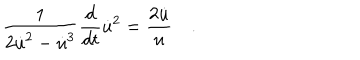
\frac { 1 } { 2 \dot { u } ^ { 2 } - \dot { u } ^ { 3 } } \frac { d } { d t } \dot { u } ^ { 2 } = \frac { 2 \dot { u } } { u } \quad .